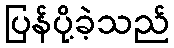
ပြန်ပို့ခဲ့သည်